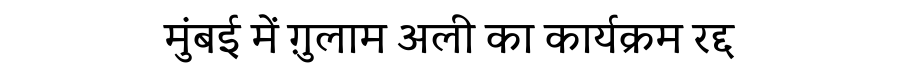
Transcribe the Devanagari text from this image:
मुंबई में ग़ुलाम अली का कार्यक्रम रद्द